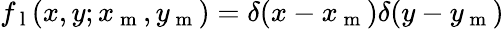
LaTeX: f_{\mathrm{~l~}}(x,y;x_{\mathrm{~m~}},y_{\mathrm{~m~}})=\delta(x-x_{\mathrm{~m~}})\delta(y-y_{\mathrm{~m~}})